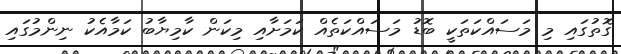
ގޮތުގައި މި މަސައްކަތަކީ ބޮޑު މަސައްކަތެއް ކަމަށާއި މިކަން ކާމިޔާބު ކަމާއެކު ނިންމުގައި